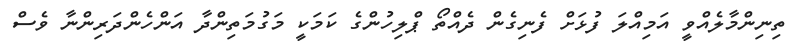
ތިނިންމާލެއްވީ އަމިއްލަ ފުޅަށް ފެނިގެން ދެއްތޯ ޕްލިހުންގެ ކަމަކީ މަގުމަތިންދާ އަންހެންދަރިންނާ ވެސް